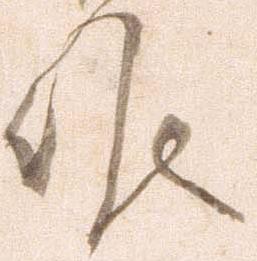
候